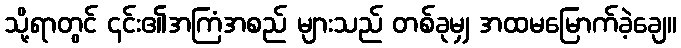
သို့ရာတွင် ၎င်း၏အကြံအစည် များသည် တစ်ခုမျှ အထမမြောက်ခဲ့ချေ။